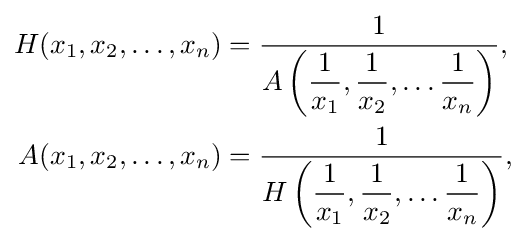
{\begin{aligned}H(x_{1},x_{2},\ldots ,x_{n})&={\frac {1}{\displaystyle A\left({\frac {1}{x_{1}}},{\frac {1}{x_{2}}},\ldots {\frac {1}{x_{n}}}\right)}},\\A(x_{1},x_{2},\ldots ,x_{n})&={\frac {1}{\displaystyle H\left({\frac {1}{x_{1}}},{\frac {1}{x_{2}}},\ldots {\frac {1}{x_{n}}}\right)}},\end{aligned}}